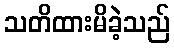
သတိထားမိခဲ့သည်